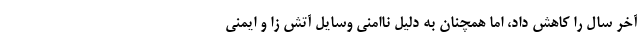
آخر سال را کاهش داد، اما همچنان به دلیل ناامنیِ وسایل آتش زا و ایمنی